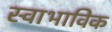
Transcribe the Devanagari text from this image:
स्‍वाभाविक